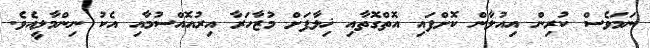
ނަމަވެސް ކުރިން އިއުލާން ކޮށްފައި އޮތްގޮތާއި ޚިލާފަށް މުޒާހަރާ އިރުއޮއްސުމާއި އެކު ނިންމާލީއެވެ.